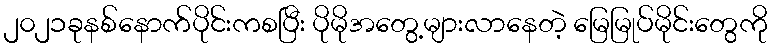
၂၀၂၁ခုနစ်နောက်ပိုင်းကစပြီး ပိုမိုအတွေ့များလာနေတဲ့ မြေမြုပ်မိုင်းတွေကို